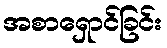
အစာရှောင်ခြင်း